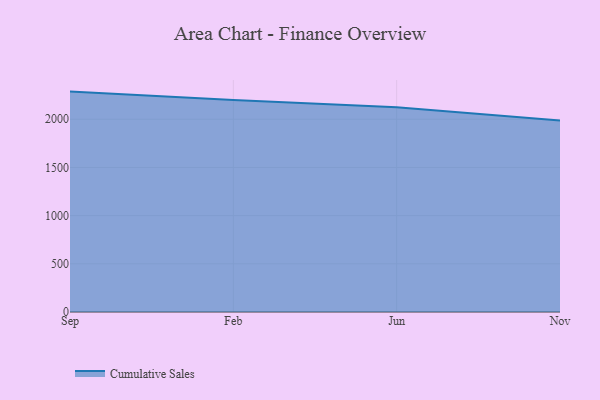
{"axis": {"x": "Month", "y": "Market Share (%)"}, "legend": ["Cumulative Sales"], "data": [{"x": "Sep", "y": 2286.7, "type": "Cumulative Sales"}, {"x": "Feb", "y": 2200.2, "type": "Cumulative Sales"}, {"x": "Jun", "y": 2123.7, "type": "Cumulative Sales"}, {"x": "Nov", "y": 1987.5, "type": "Cumulative Sales"}]}